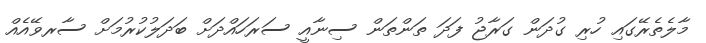
މާލެތެރޭގައި ހުރި ގުދަން ގަރާޖު ފަދަ ތަންތަން ސިނާއީ ސަރަހައްދަށް ބަދަލުކުރުމަށް ސާރވޭއެއް